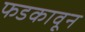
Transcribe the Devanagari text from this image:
फडकावून